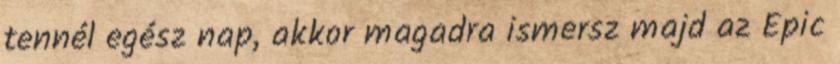
tennél egész nap, akkor magadra ismersz majd az Epic